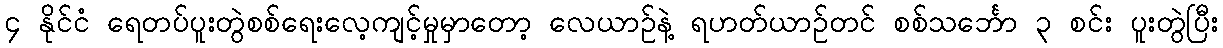
၄ နိုင်ငံ ရေတပ်ပူးတွဲစစ်ရေးလေ့ကျင့်မှုမှာတော့ လေယာဉ်နဲ့ ရဟတ်ယာဉ်တင် စစ်သင်္ဘော ၃ စင်း ပူးတွဲပြီး